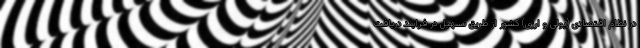
در نظام اقتصادی (پولی و ارزی) کشور از طریق تسهیل در فرایند دریافت